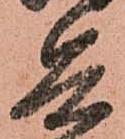
兵